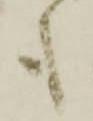
も